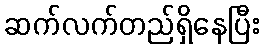
ဆက်လက်တည်ရှိနေပြီး